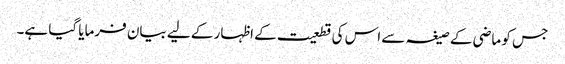
جس کو ماضی کے صیغہ سے اس کی قطعیت کے اظہار کے لیے بیان فرمایا گیا ہے۔